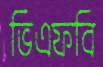
ভিএফবি